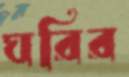
ঘরির